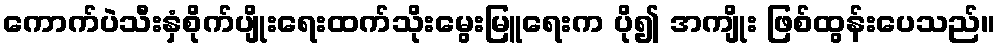
ကောက်ပဲသီးနှံစိုက်ပျိုးရေးထက်သိုးမွေးမြူရေးက ပို၍ အကျိုး ဖြစ်ထွန်းပေသည်။